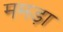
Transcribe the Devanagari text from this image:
ममड़ा